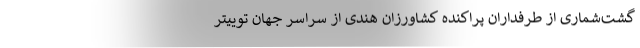
گشت‌شماری از طرفداران پراکنده کشاورزان هندی از سراسر جهان توییتر